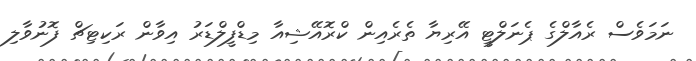
ނަމަވެސް ރެއާލްގެ ޕެނަލްޓީ އޭރިޔާ ތެރެއިން ކްރޮއޭޝިއާ މިޑްފީލްޑަރު އިވާން ރަކިޓިޗް ފޮނުވާލި